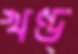
খণ্ড্‌